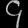
Digit: ၄